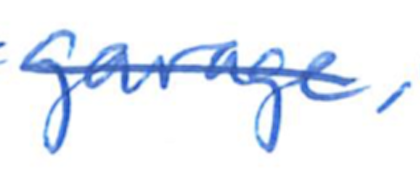
Text: garage,
Cross-out: mix
Writing tool: ballpoint